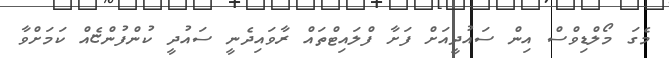
މެގަ މޯލްޑިވްސް އިން ސައުދީއަށް ފަށާ ފްލައިޓްތައް ރާވައިދެނީ ސައުދީ ކުންފުންޏެއް ކަމަށްވާ